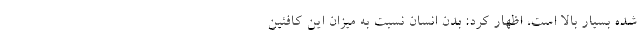
شده بسیار بالا است، اظهار کرد: بدن انسان نسبت به میزان این کافئین